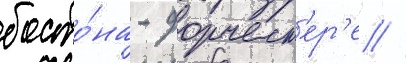
босто́на - дорчест'ер'е //